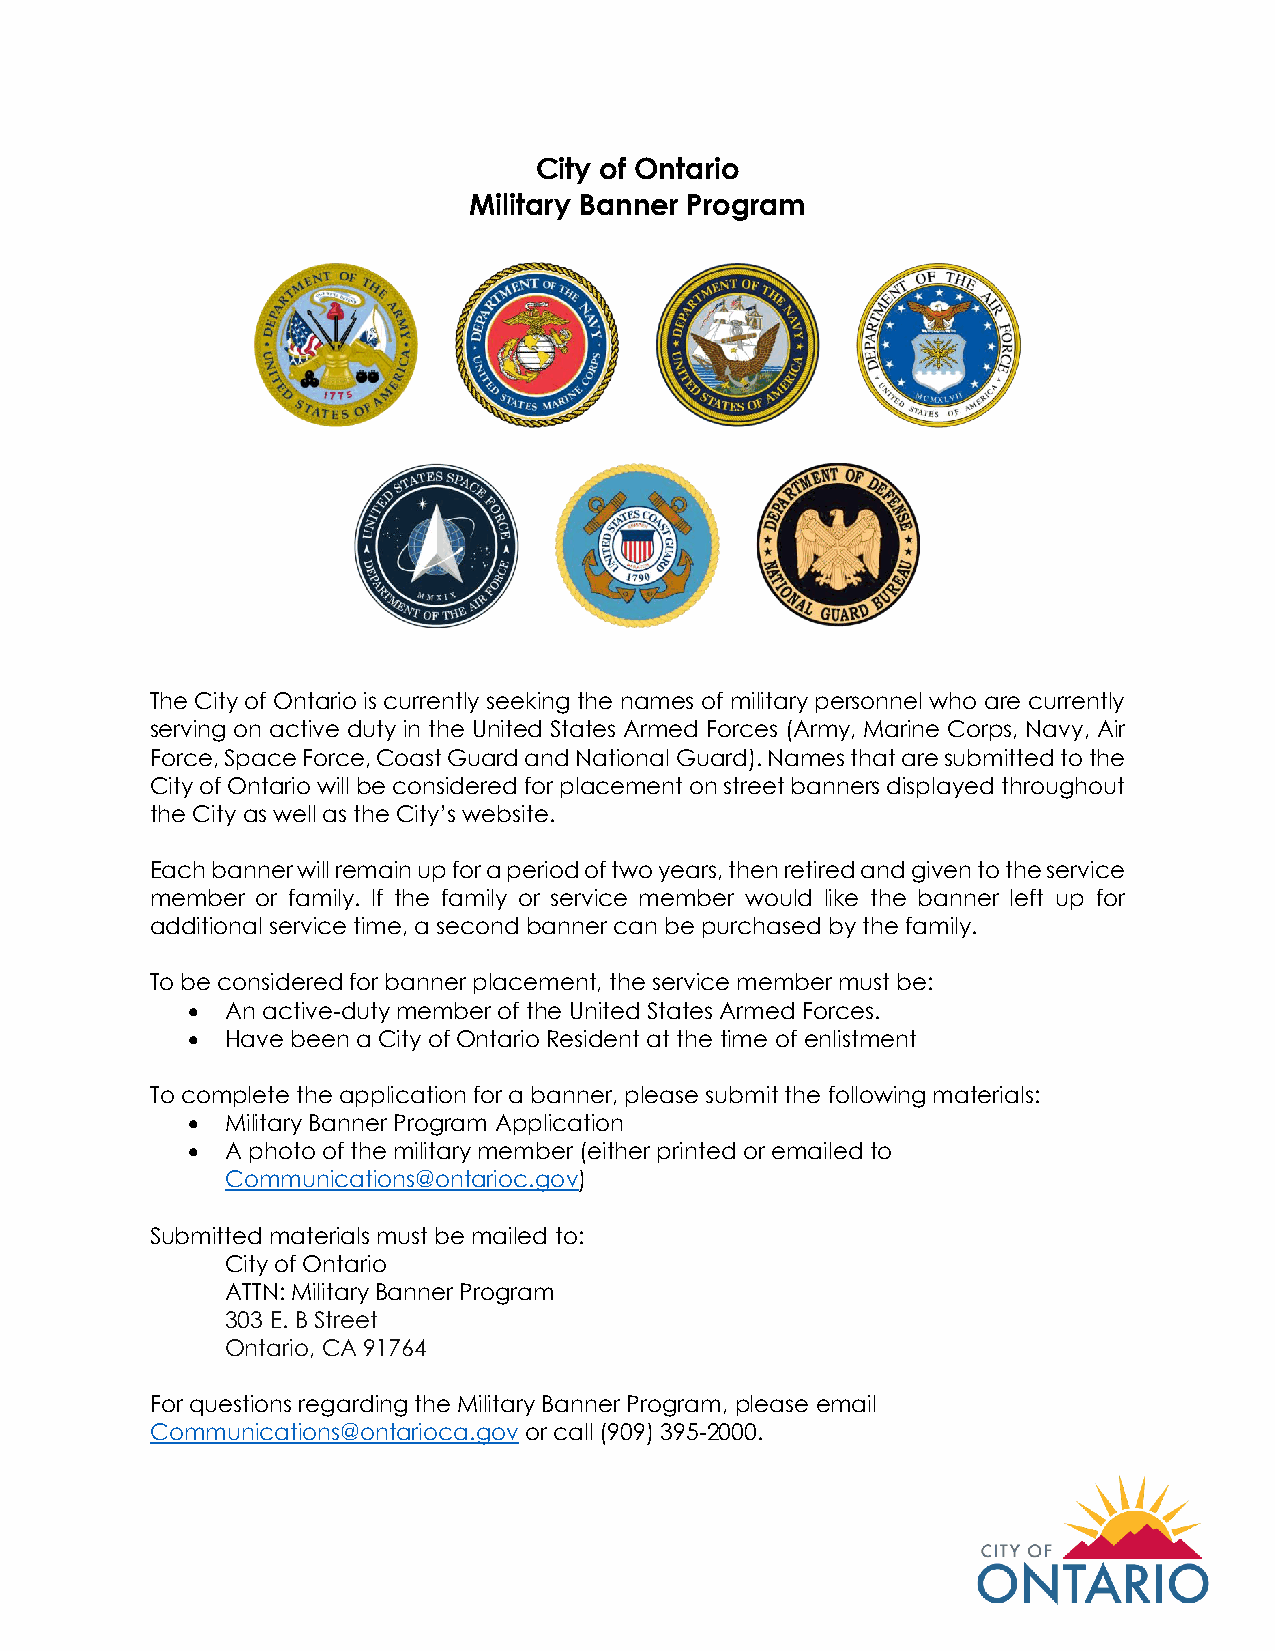
City of Ontario
 Military Banner Program
 The City of Ontario is currently seeking the names of military personnel who are currently
 serving on active duty in the United States Armed Forces (Army, Marine Corps, Navy, Air
 Force, Space Force, Coast Guard and National Guard). Names that are submitted to the
 City of Ontario will be considered for placement on street banners displayed throughout
 the City as well as the City’s website.
 Each banner will remain up for a period of two years, then retired and given to the service
 member or family. If the family or service member would like the banner left up for
 additional service time, a second banner can be purchased by the family.
 To be considered for banner placement, the service member must be:
 •  An active-duty member of the United States Armed Forces.
 •  Have been a City of Ontario Resident at the time of enlistment
 To complete the application for a banner, please submit the following materials:
 •  Military Banner Program Application
 •  A photo of the military member (either printed or emailed to
 Communications@ontarioc.gov)
 Submitted materials must be mailed to:
 City of Ontario
 ATTN: Military Banner Program
 303 E. B Street
 Ontario, CA 91764
 For questions regarding the Military Banner Program, please email
 Communications@ontarioca.gov or call (909) 395-2000.